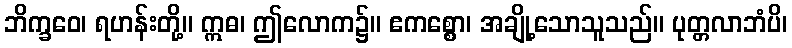
ဘိက္ခဝေ၊ ရဟန်းတို့။ ဣဓ၊ ဤလောက၌။ ဧကစ္စော၊ အချို့သောသူသည်။ ပုတ္တလာဘံပိ၊